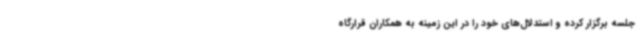
جلسه برگزار کرده و استدلال‌های خود را در این زمینه به همکاران قرارگاه